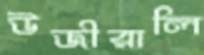
উজীরালি